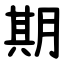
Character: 期